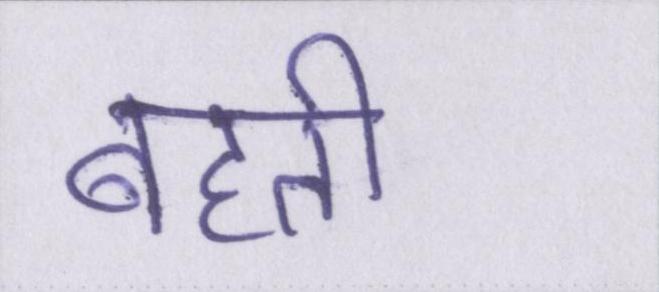
बहती